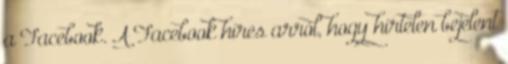
a Facebook. A Facebook híres arról, hogy hirtelen bejelent